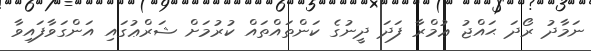
ނަމާދު ރޯދަ ޙައްޖު ޢުމްރާ ފަދަ ދީނުގެ ކަންތައްތައް ކުރުމަށް ޝަރްޢުގައި އަންގަވާފައިވާ